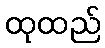
ထုထည်